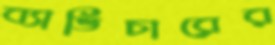
ব্যাভিচারের